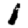
Digit: 1